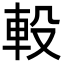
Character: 軗